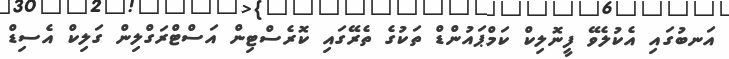
އަނބުގައި އެކުލެވޭ ފީނޮލިކް ކަމްޕައުންޑް ތަކުގެ ތެރޭގައި ކޮރެސްޓިން އަސްޓްރަގްލިން ގަލިކް އެސިޑް